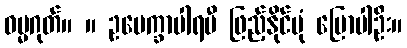
ဓမ္မဂုတ်။ ။ ဥပေက္ခာပါရမီ ဖြည့်နိုင်ပုံ ပြောပါဦး။